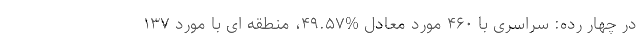
در چهار رده: سراسری با ۴۶۰ مورد معادل %۴۹.۵۷، منطقه ای با مورد ۱۳۷